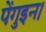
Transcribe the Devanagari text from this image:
पेंगुइन।